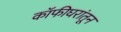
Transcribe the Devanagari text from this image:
कॉफीघरांतून